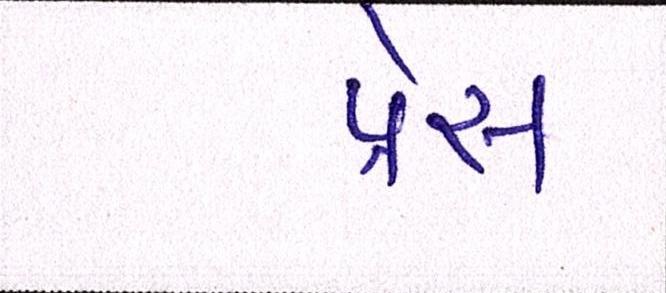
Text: પ્રેસ